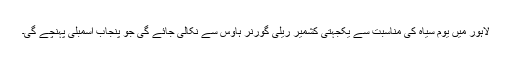
لاہور میں یوم سیاہ کی مناسبت سے یکجہتی کشمیر ریلی گورنر ہاوس سے نکالی جائے گی جو پنجاب اسمبلی پہنچے گی۔